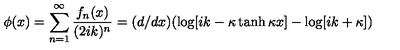
\phi ( x ) = \sum _ { n = 1 } ^ { \infty } { \frac { f _ { n } ( x ) } { ( 2 i k ) ^ { n } } } = ( d / d x ) ( \log [ i k - \kappa \tanh \kappa x ] - \log [ i k + \kappa ] )